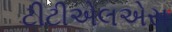
ટીટીએલએસ